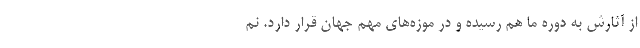
از آثارش به دوره ما هم رسیده و در موزه‌های مهم جهان قرار دارد. نم